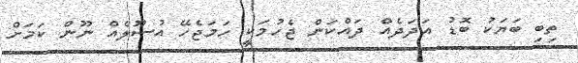
ތިބި ބަޔަކު ބޮޑު އަދަދެއް ދައްކަން ޖެހުމަކީ ހަމަޖެހޭ އުސޫލެއް ނޫން ކަމަށް